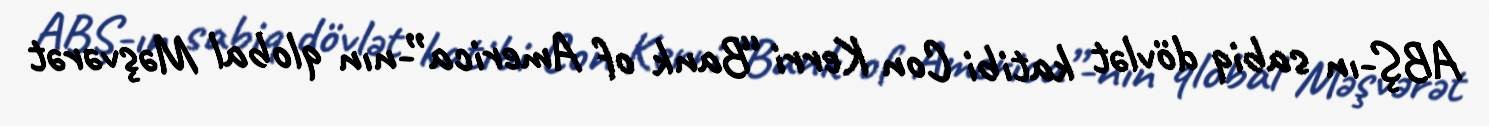
ABŞ-ın sabiq dövlət katibi Con Kerri “Bank of America”-nın qlobal Məşvərət